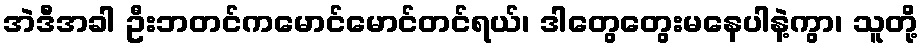
အဲဒီအခါ ဦးဘတင်ကမောင်မောင်တင်ရယ်၊ ဒါတွေတွေးမနေပါနဲ့ကွာ၊ သူတို့